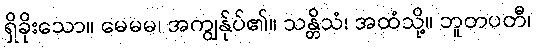
ရှိခိုးသော။ မေမမ၊ အကျွန်ုပ်၏။ သန္တိသံ၊ အထံသို့။ ဘူတပတီ၊